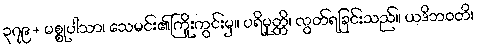
၃၇၉+ မစ္စုပါသာ၊ သေမင်း၏ကြိုးကွင်းမှ။ ပရိမုတ္တိ၊ လွတ်ရခြင်းသည်။ ယဒိဘဝတိ၊